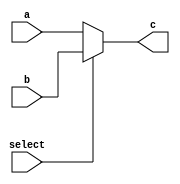
module shift(input[7:0] a, input [7:0] b, input select, output [7:0] c);
	assign c = select? b : a;
endmodule